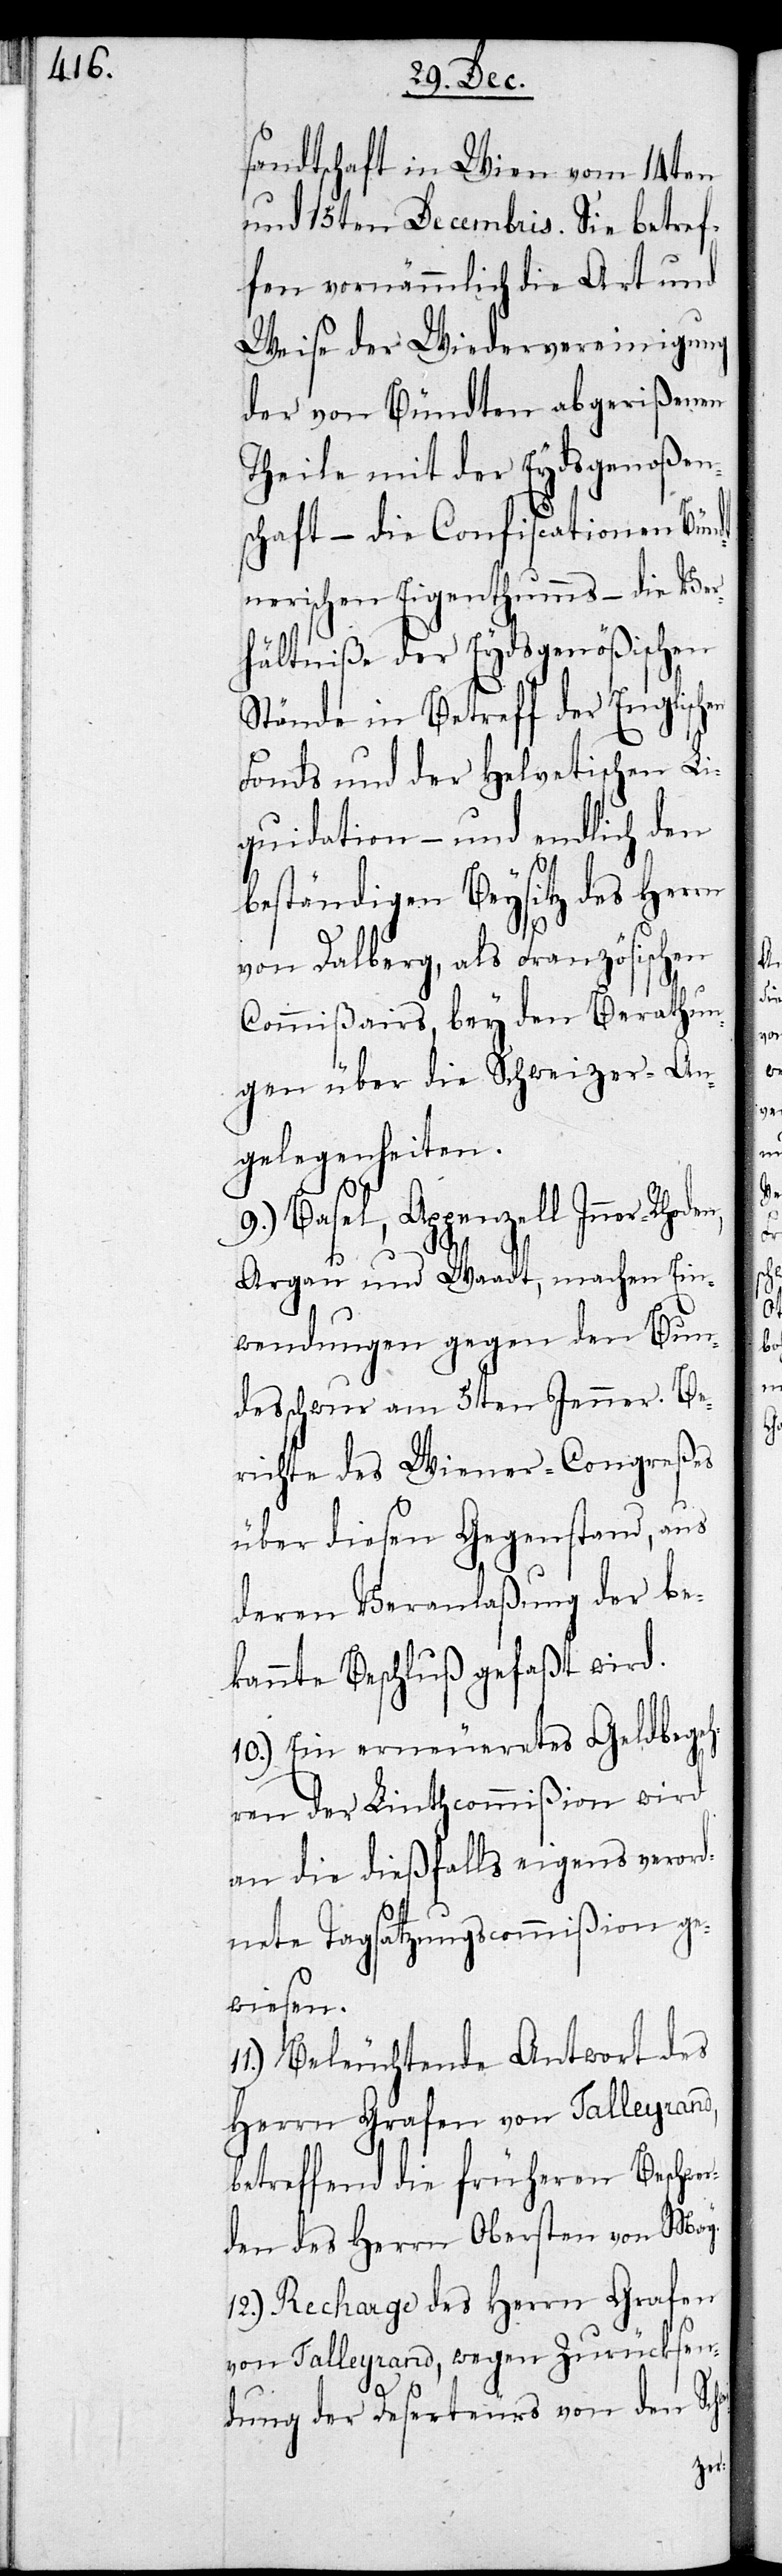
sandtschaft in Wien vom 14ten
und 15ten Decembris. Sie betref¬
fen vornämmlich die Art und
Weise der Wiedervereinigung
der von Bündten abgerißenen
Theile mit der Eydsgenoßens¬
chaft – die Confiscationen Bünd¬
tnerischen Eigentums – die Ver¬
hältniße der Eydsgenößischen
Stände in Betreff der englischen
Fonds und der Helvetischen Li¬
quidation – und endlich den
beständigen Beysitz des Herrn
von Dalberg, als Französischen
Commißairs, bey den Berathun¬
gen über die Schweizer An¬
gelegenheiten.
9.) Basel, Appenzell Inner-Rhoden,
Aargau und Waadt machen Ein¬
wendungen gegen den Bun¬
desschwur am 5ten Jenner. Be¬
richte des Wiener-Congreßes
über diesen Gegenstand, aus
deren Veranlaßung der be¬
kannte Beschluß gefaßt wird.
10.) Ein erneueretes Geldbegeh¬
ren der Linthcommißion wird
an die dießfalls eigens verord¬
nete Tagsatzungscommißion ge¬
wiesen.
Beleuchtende Antwort des
Herrn Grafen von Talleyrand,
betreffend die früheren Beschwer¬
den des Herrn Obersten von May.
12.) Recharge des Herrn Grafen
von Talleyrand, wegen Zurücksen¬
dung der Deserteurs von den Sc¬
hwei-